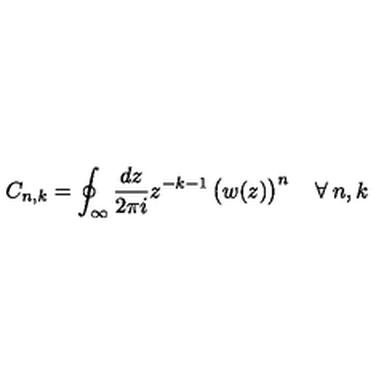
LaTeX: C _ { n , k } = \oint _ { \infty } \frac { d z } { 2 \pi i } z ^ { - k - 1 } \left( \strut w ( z ) \right) ^ { n } \quad \forall \: n , k